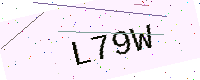
Text: L79W